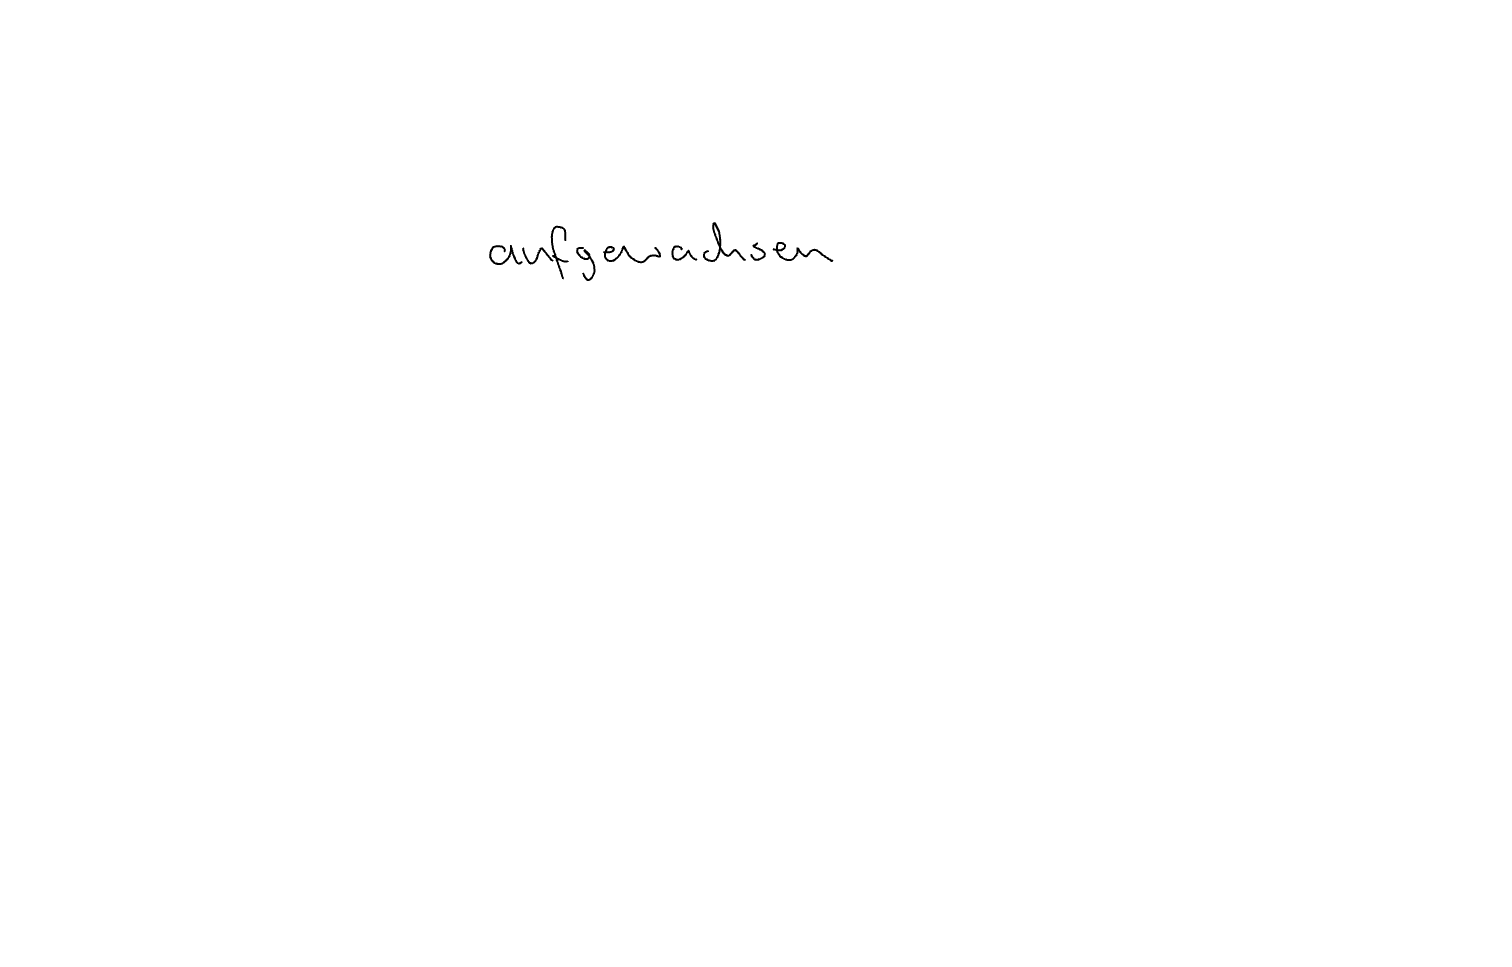
Text: aufgewachsen